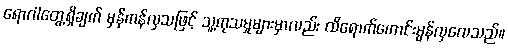
ရောဂါတွေ့ရှိချက် မှန်ကန်လှသဖြင့် သူ့ကုသမှုများမှာလည်း ထိရောက်ကောင်းမွန်လှလေသည်။